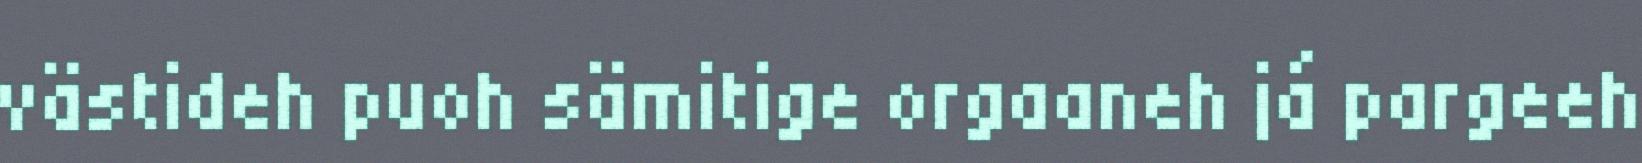
västideh puoh sämitige orgaaneh já pargeeh